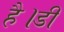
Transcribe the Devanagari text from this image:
है।डी